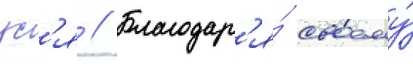
ус'я // Благодар'я́ своему́